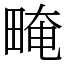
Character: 㽢